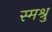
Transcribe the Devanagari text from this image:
स्मश्रु